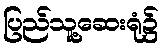
ပြည်သူ့ဆေးရုံ၌